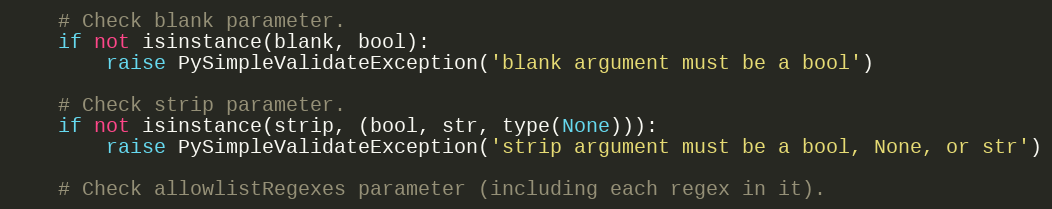
Language: Python
    # Check blank parameter.
    if not isinstance(blank, bool):
        raise PySimpleValidateException('blank argument must be a bool')

    # Check strip parameter.
    if not isinstance(strip, (bool, str, type(None))):
        raise PySimpleValidateException('strip argument must be a bool, None, or str')

    # Check allowlistRegexes parameter (including each regex in it).